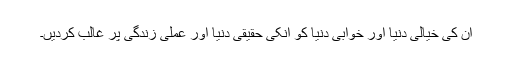
ان کی خیالی دنیا اور خوابی دنیا کو انکی حقیقی دنیا اور عملی زندگی پر غالب کردیں۔